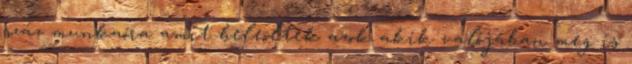
száz munkaóra amit beleöltek azok akik valójában meg is